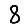
Digit: 8